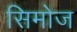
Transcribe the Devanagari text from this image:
सिमोज